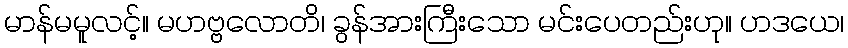
မာန်မမူလင့်။ မဟဗ္ဗလောတိ၊ ခွန်အားကြီးသော မင်းပေတည်းဟု။ ဟဒယေ၊